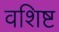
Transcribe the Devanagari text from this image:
वशिष्ट